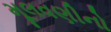
મૂલવણીનો